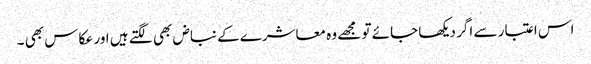
اس اعتبار سے اگر دیکھا جائے تو مجھے وہ معاشرے کے نباض بھی لگتے ہیں اور عکاس بھی ۔